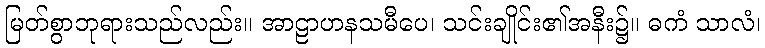
မြတ်စွာဘုရားသည်လည်း။ အာဠာဟနသမီပေ၊ သင်းချိုင်း၏အနီး၌။ ဓကံ သာလံ၊